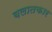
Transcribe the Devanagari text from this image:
बलातकार